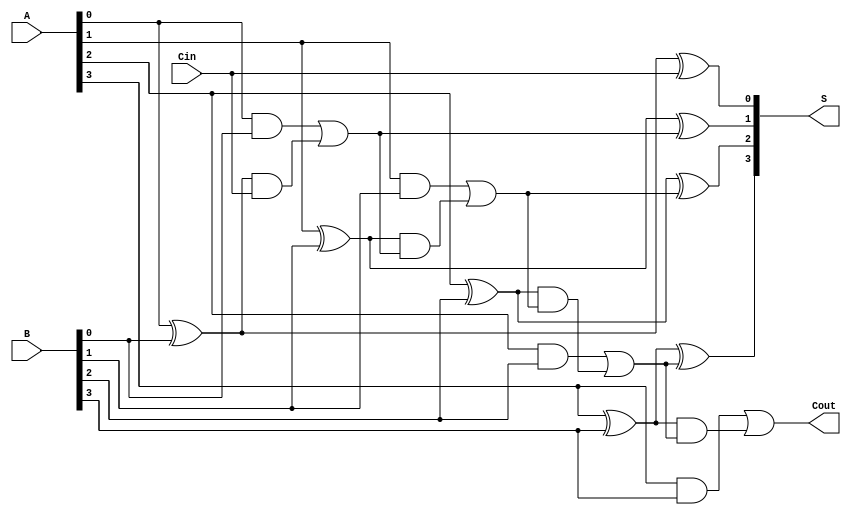
module CarryLookaheadAdder #(parameter n = 4) (
    input [n-1:0] A,      // First n-bit input
    input [n-1:0] B,      // Second n-bit input
    input Cin,            // Carry input
    output [n-1:0] S,     // n-bit sum output
    output Cout           // Carry output
);

    // Generate and Propagate signals
    wire [n-1:0] G; // Generate signals
    wire [n-1:0] P; // Propagate signals
    wire [n:0] C;   // Carry signals

    // Generate and Propagate logic
    genvar i;
    generate
        for (i = 0; i < n; i = i + 1) begin : gen_prop
            assign G[i] = A[i] & B[i]; // Generate
            assign P[i] = A[i] ^ B[i]; // Propagate
        end
    endgenerate

    // Carry calculation
    assign C[0] = Cin; // Initial carry input
    generate
        for (i = 0; i < n; i = i + 1) begin : carry_logic
            if (i == 0) begin
                assign C[i + 1] = G[i] | (P[i] & C[i]);
            end else begin
                assign C[i + 1] = G[i] | (P[i] & C[i]);
            end
        end
    endgenerate

    // Sum calculation
    generate
        for (i = 0; i < n; i = i + 1) begin : sum_logic
            assign S[i] = P[i] ^ C[i]; // Sum
        end
    endgenerate

    // Final carry output
    assign Cout = C[n]; // Carry out

endmodule